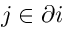
j \in \partial i